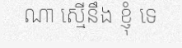
ណា ស្មើនឹង ខ្ញុំ ទេ